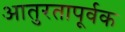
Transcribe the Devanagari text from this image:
आतुरतापूर्वक